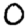
Digit: 0